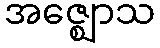
အဇ္ဈောသ